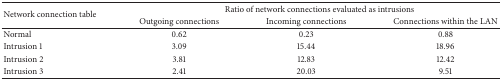
<table><thead><tr><td rowspan="2"><b>Network connection table</b></td><td colspan="3"><b>Ratio of network connections evaluated as intrusions</b></td></tr><tr><td><b>Outgoing connections</b></td><td><b>Incoming connections</b></td><td><b>Connections within the LAN</b></td></tr></thead><tbody><tr><td>Normal</td><td>0.62</td><td>0.23</td><td>0.88</td></tr><tr><td>Intrusion 1</td><td>3.09</td><td>15.44</td><td>18.96</td></tr><tr><td>Intrusion 2</td><td>3.81</td><td>12.83</td><td>12.42</td></tr><tr><td>Intrusion 3</td><td>2.41</td><td>20.03</td><td>9.51</td></tr></tbody></table>